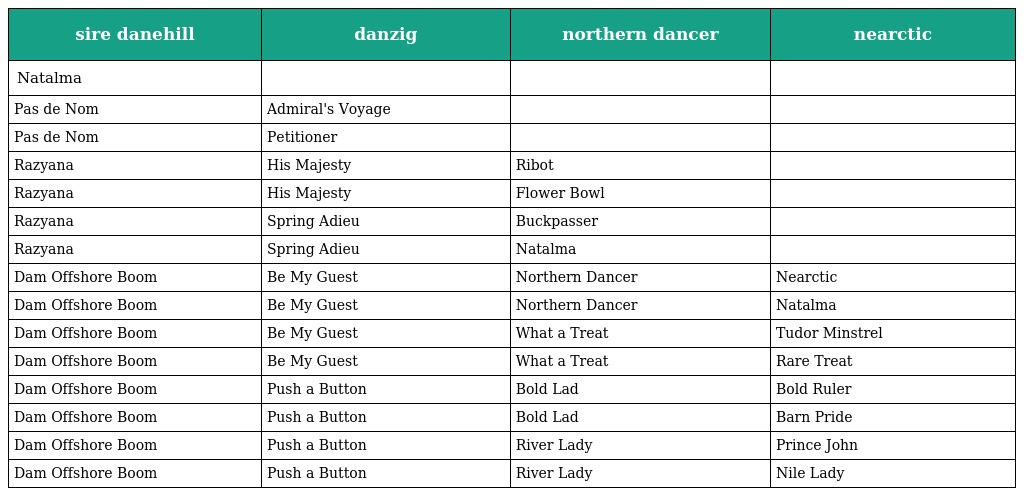
| sire danehill | danzig | northern dancer | nearctic |
 | --- | --- | --- | --- |
 | Natalma |  |  |  |
 | Pas de Nom | Admiral's Voyage |  |  |
 | Pas de Nom | Petitioner |  |  |
 | Razyana | His Majesty | Ribot |  |
 | Razyana | His Majesty | Flower Bowl |  |
 | Razyana | Spring Adieu | Buckpasser |  |
 | Razyana | Spring Adieu | Natalma |  |
 | Dam Offshore Boom | Be My Guest | Northern Dancer | Nearctic |
 | Dam Offshore Boom | Be My Guest | Northern Dancer | Natalma |
 | Dam Offshore Boom | Be My Guest | What a Treat | Tudor Minstrel |
 | Dam Offshore Boom | Be My Guest | What a Treat | Rare Treat |
 | Dam Offshore Boom | Push a Button | Bold Lad | Bold Ruler |
 | Dam Offshore Boom | Push a Button | Bold Lad | Barn Pride |
 | Dam Offshore Boom | Push a Button | River Lady | Prince John |
 | Dam Offshore Boom | Push a Button | River Lady | Nile Lady |